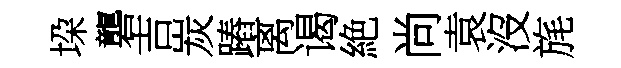
垜礱吉炭蹖离谒絶尚袁沒旄